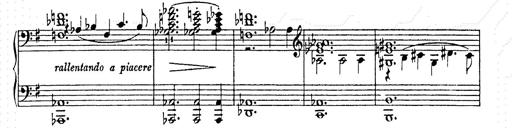
Title: AnnÃ©es de pÃ¨lerinage II
Composer: Franz Liszt